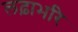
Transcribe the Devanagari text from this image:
लढ़ाभरि